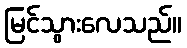
မြင်သွားလေသည်။